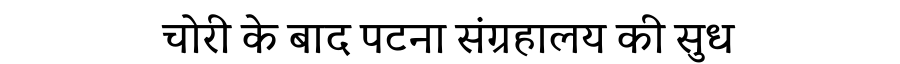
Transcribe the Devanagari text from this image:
चोरी के बाद पटना संग्रहालय की सुध